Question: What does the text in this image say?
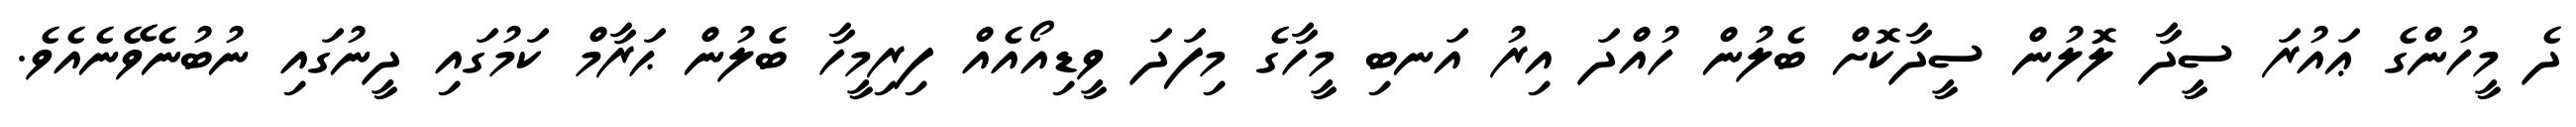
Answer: ދެ މީހުންގެ ޢައުރަ ސީދާ ލޮލުން ސީދާކޮށް ބެލުން ހުއްދަ އިރު އަނބި މީހާގެ މިފަދަ ވީޑިއޯއެއް ފިރިމީހާ ބެލުން ޙަރާމް ކަމުގައި ދީނުގައި ނުބުނެވޭނެއެވެ.